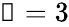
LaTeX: \mathscr{n}=3